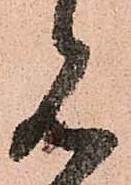
見